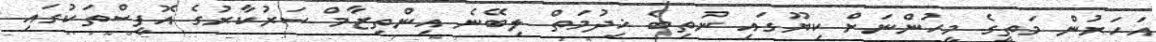
އަހަރުން މަތީގެ މީހުންނަށް ކިޔޫގައި ނުތިބެ ޚިދުމަތް ލިބޭނެ އިންތިޒާމް ސަރުކާރުގެ އޮފީސްތަކުގައި